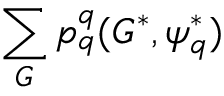
\sum _ { G } p _ { q } ^ { q } ( G ^ { * } , \psi _ { q } ^ { * } )